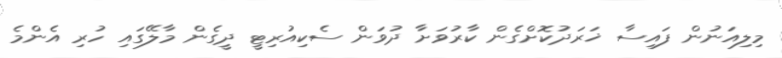
މިލިއަނުން ފައިސާ ޚަރަދުކޮށްގެން ކާރުވަށާ ދުވަން ސެކިއުރިޓީ ދީގެން މާލޭގައި ހުރި އެންމެ